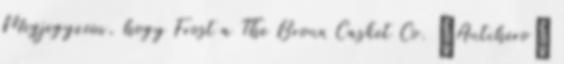
Megjegyzem, hogy Frost a The Bronx Casket Co. ’Antihero’